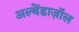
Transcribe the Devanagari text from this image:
अल्बेंडाज़ॉल